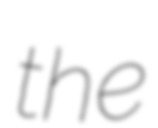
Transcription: the